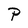
Character: P